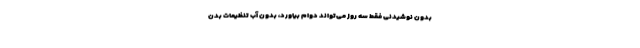
بدون نوشیدنی فقط سه روز می‌تواند دوام بیاورد، بدون آب تنظیمات بدن